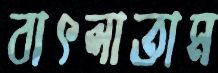
বাৎলাতাম